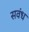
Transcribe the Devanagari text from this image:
सवंध